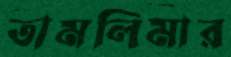
তামলিমার